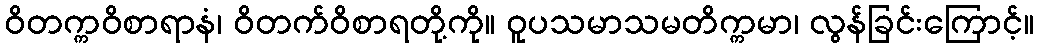
ဝိတက္ကဝိစာရာနံ၊ ဝိတက်ဝိစာရတို့ကို။ ဝူပသမာသမတိက္ကမာ၊ လွန်ခြင်းကြောင့်။